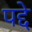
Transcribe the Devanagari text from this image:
पद्दे